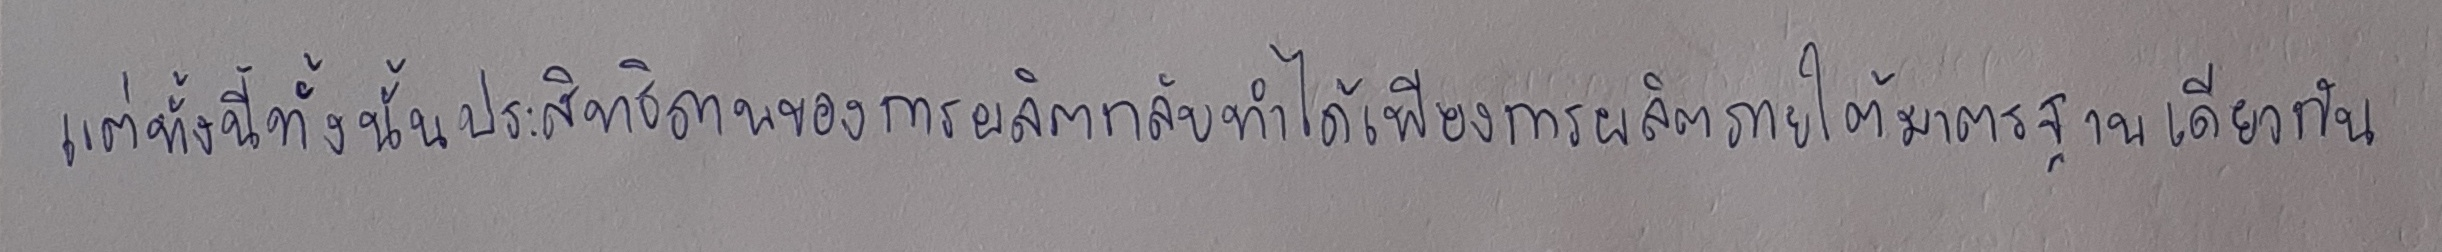
แต่ทั้งนี้ทั้งนั้นประสิทธิภาพของการผลิตกลับทำได้เพียงการผลิตภายใต้มาตรฐานเดียวกัน